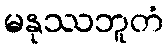
မနုဿဘူတံ